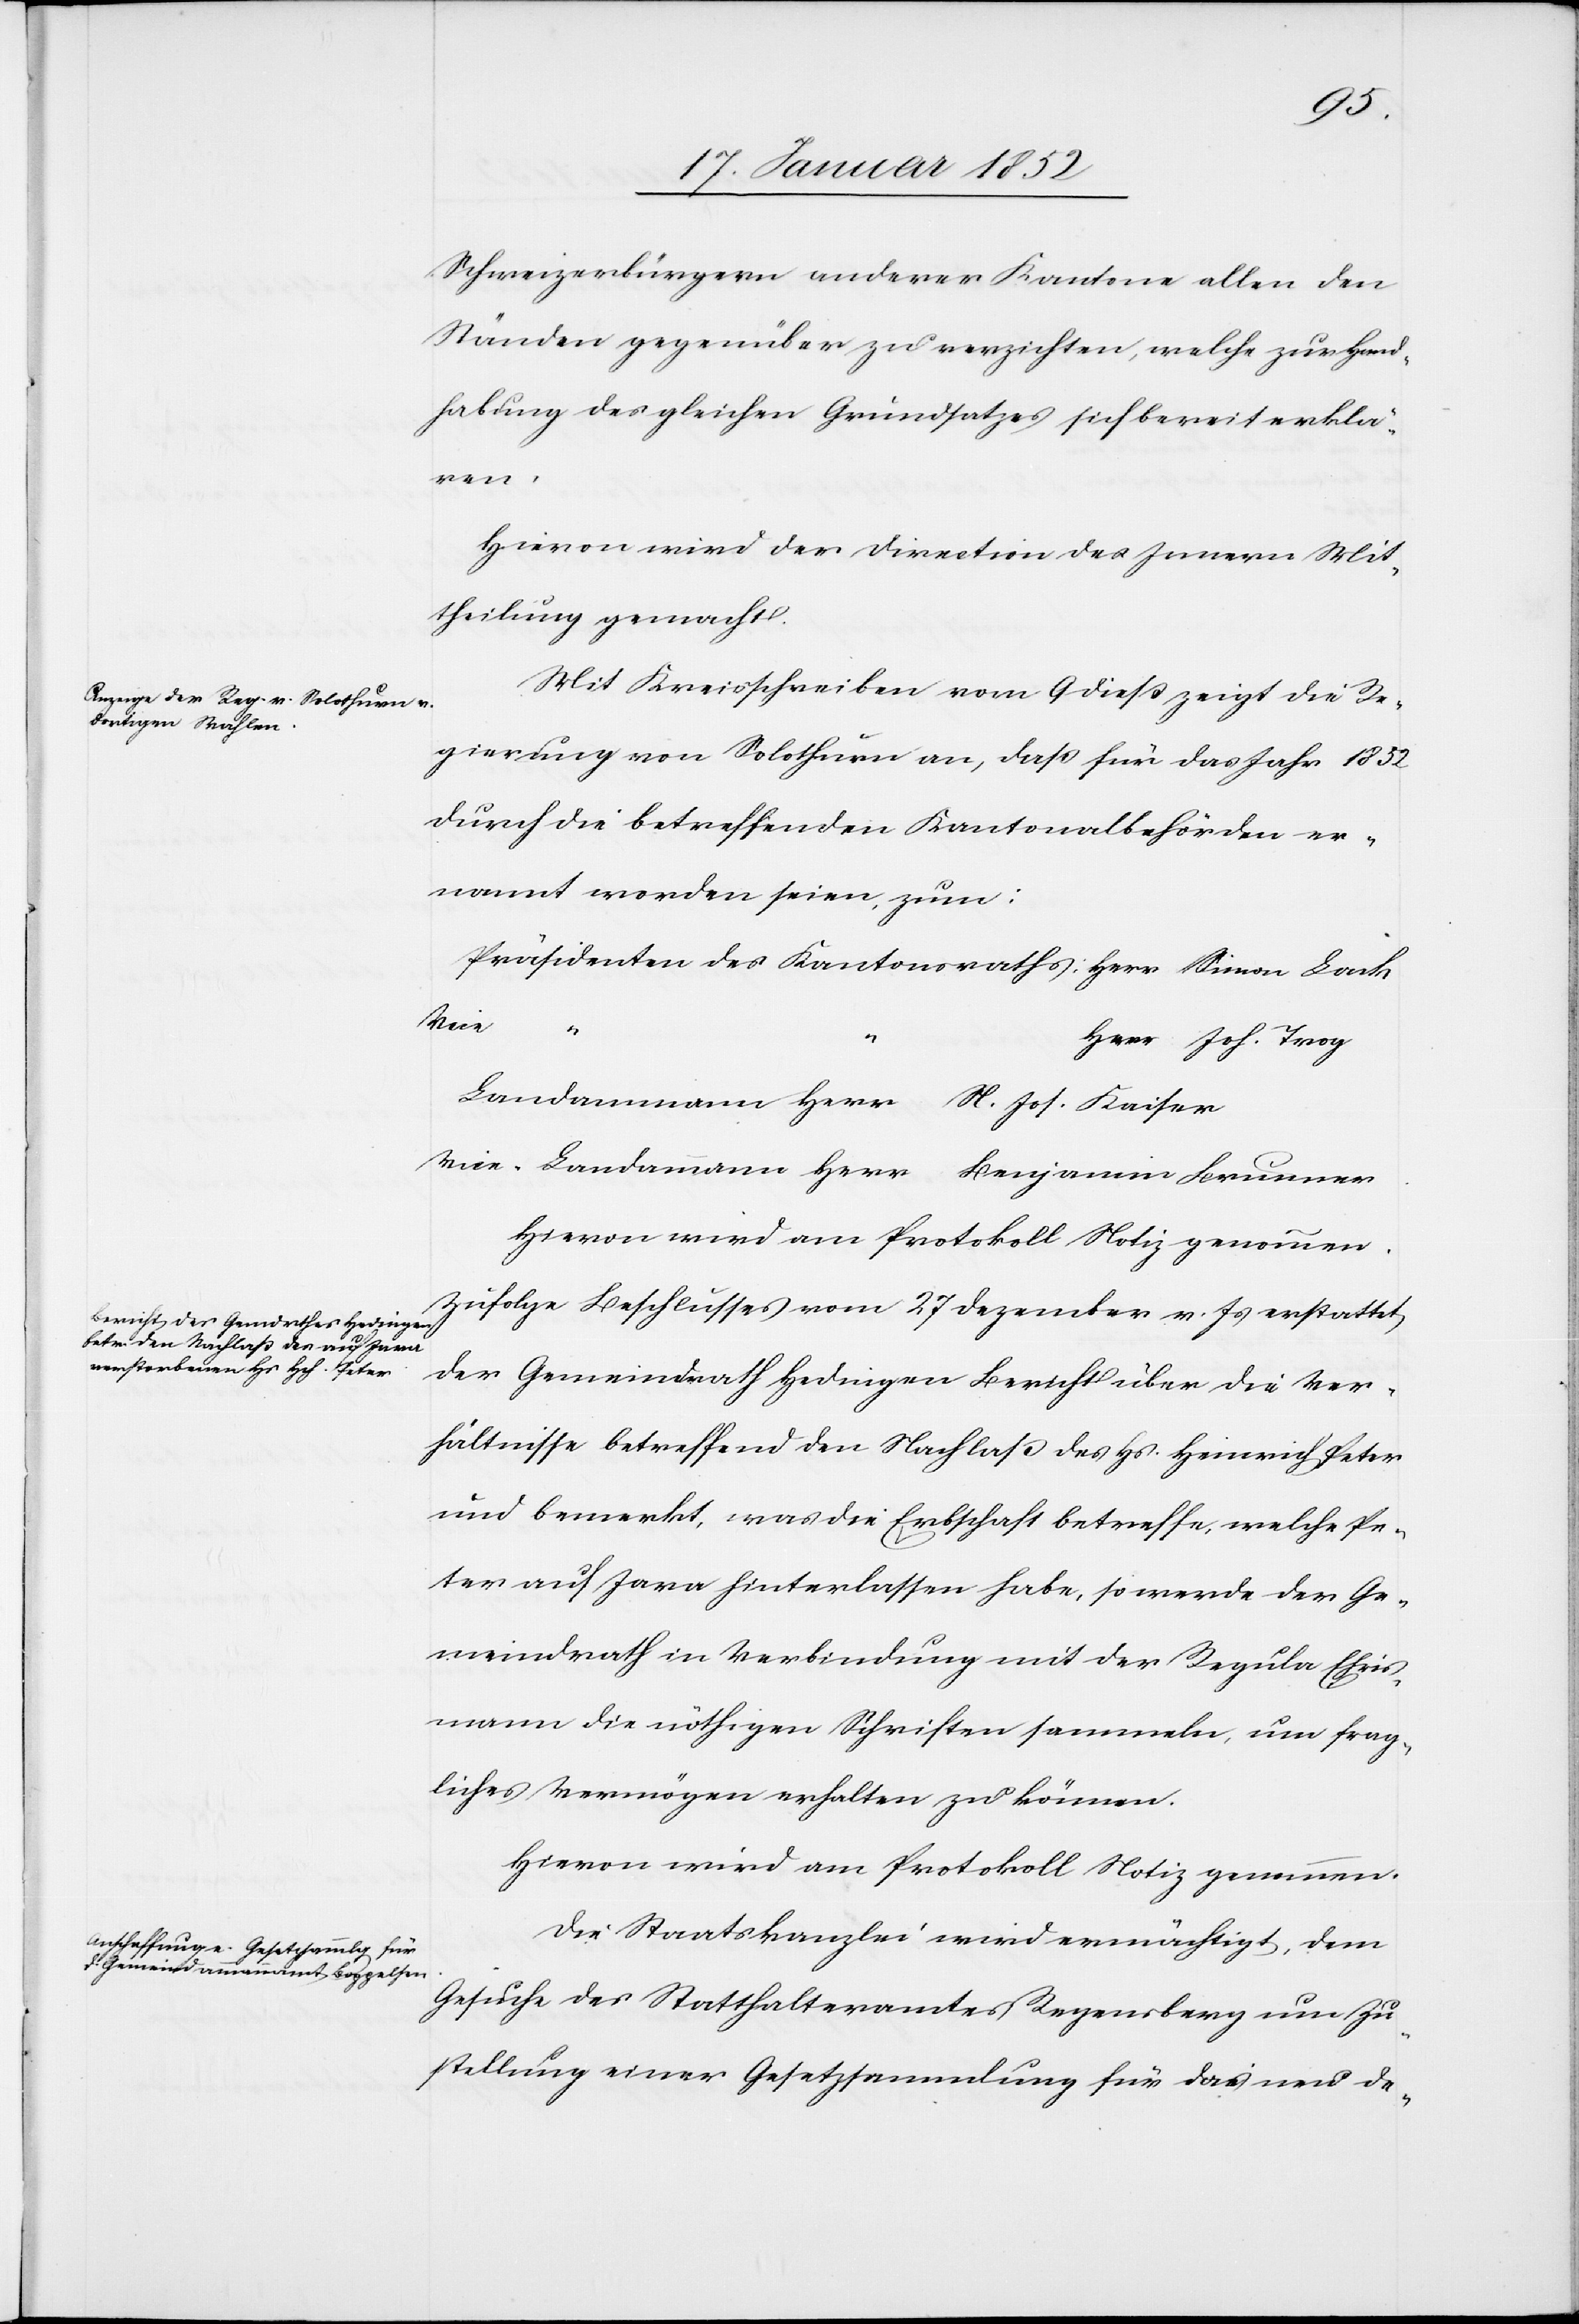
Schweizerbürgern anderer Kantone allen den
Ständen gegenüber zu verzichten, welche zur Hand¬
habung des gleichen Grundsatzes sich bereits erklä¬
ren.
Hiervon wird der Direction des Innern Mit¬
theilung gemacht.
Mit Kreisschreiben vom 9 dieß zeigt die Re¬
gierung von Solothurn an, daß für das Jahr 1832
durch die betreffenden Kantonalbehörden er¬
nannt worden seien, zum:
Präsidenten des Kantonsraths: Herr Simon Lack
Vice
“
Herr Joh. Trog
Landammann Herr N. Jos. Kaiser
Vice-Landammann Herr Benjamin Brunner.
Hiervon wird am Protokoll Notiz genommen.
Zufolge Beschlusses vom 27 Dezember v. Js erstattet,
der Gemeindrath Hedingen Bericht über die Ver¬
hältnisse betreffend den Nachlaß des Hs. Heinrich Peter
und bemerkt, was die Erbschaft betreffe, welche Pe¬
ter auf Jara [sic!] hinterlassen habe, so werde der Ge¬
meindrath in Verbindung mit der Regula Ehris¬
mann die nöthigen Schriften sammeln, um frag¬
liches Vermögen erhalten zu können.
Die Staatskanzley wird ermächtigt, dem
Gesuche des Statthalteramtes Regensberg um Zu¬
stellung einer Gesetzsammlung für das neu de-